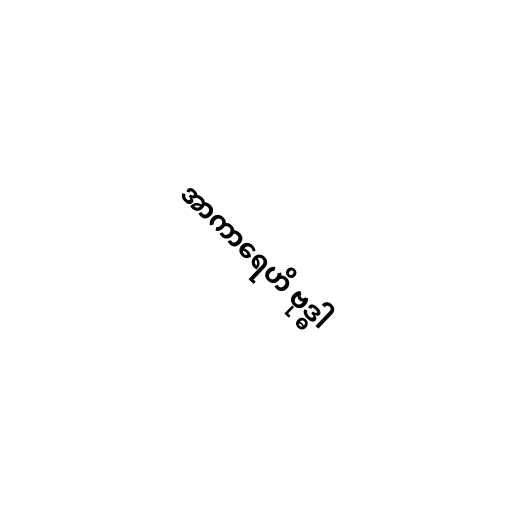
အာကာရေဟိ ဗုဒ္ဓါ